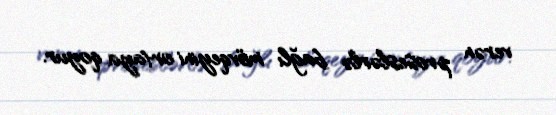
verən proseslərlə bağlı mövqeyini ortaya qoyur.